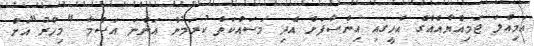
އަމިއްލަ ޖަމިއްޔާއެއްގެ އެހީގައި އިންސާފަށް އެދި މަސައްކަތް ކުރަމުން އަންނަ އަސްމާ "މިހާރު"އަށް